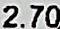
2.70